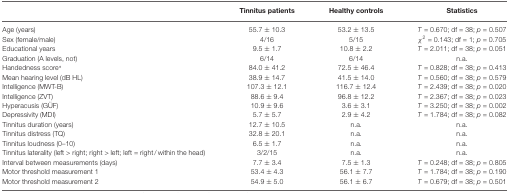
<table><thead><tr><td></td><td><b>Tinnitus patients</b></td><td><b>Healthy controls</b></td><td><b>Statistics</b></td></tr></thead><tbody><tr><td>Age (years)</td><td>55.7 ± 10.3</td><td>53.2 ± 13.5</td><td><i>T</i> = 0.670; df = 38; <i>p</i> = 0.507</td></tr><tr><td>Sex (female/male)</td><td>4/16</td><td>5/15</td><td>χ<sup>2</sup> = 0.143; df = 1; <i>p</i> = 0.705</td></tr><tr><td>Educational years</td><td>9.5 ± 1.7</td><td>10.8 ± 2.2</td><td><i>T</i> = 2.011; df = 38; <i>p</i> = 0.051</td></tr><tr><td>Graduation (A levels, not)</td><td>6/14</td><td>6/14</td><td>n.a.</td></tr><tr><td>Handedness score*</td><td>84.0 ± 41.2</td><td>72.5 ± 46.4</td><td><i>T</i> = 0.828; df = 38; <i>p</i> = 0.413</td></tr><tr><td>Mean hearing level (dB HL)</td><td>38.9 ± 14.7</td><td>41.5 ± 14.0</td><td><i>T</i> = 0.560; df = 38; <i>p</i> = 0.579</td></tr><tr><td>Intelligence (MWT-B)</td><td>107.3 ± 12.1</td><td>116.7 ± 12.4</td><td><i>T</i> = 2.439; df = 38; <i>p</i> = 0.020</td></tr><tr><td>Intelligence (ZVT)</td><td>88.6 ± 9.4</td><td>96.8 ± 12.2</td><td><i>T</i> = 2.367; df = 38; <i>p</i> = 0.023</td></tr><tr><td>Hyperacusis (G</td><td>10.9 ± 9.6</td><td>3.6 ± 3.1</td><td><i>T</i> = 3.250; df = 38; <i>p</i> = 0.002</td></tr><tr><td>Depressivity (MDI)</td><td>5.7 ± 5.7</td><td>2.9 ± 4.2</td><td><i>T</i> = 1.784; df = 38; <i>p</i> = 0.082</td></tr><tr><td>Tinnitus duration (years)</td><td>12.7 ± 10.5</td><td>n.a.</td><td>n.a.</td></tr><tr><td>Tinnitus distress (TQ)</td><td>32.8 ± 20.1</td><td>n.a.</td><td>n.a.</td></tr><tr><td>Tinnitus loudness (0–10)</td><td>6.5 ± 1.7</td><td>n.a.</td><td>n.a.</td></tr><tr><td>Tinnitus laterality (left &gt; right; right &gt; left; left = right / within the head)</td><td>3/2/15</td><td>n.a.</td><td>n.a.</td></tr><tr><td>Interval between measurements (days)</td><td>7.7 ± 3.4</td><td>7.5 ± 1.3</td><td><i>T</i> = 0.248; df = 38; <i>p</i> = 0.805</td></tr><tr><td>Motor threshold measurement 1</td><td>53.4 ± 4.3</td><td>56.1 ± 7.7</td><td><i>T</i> = 1.784; df = 38; <i>p</i> = 0.190</td></tr><tr><td>Motor threshold measurement 2</td><td>54.9 ± 5.0</td><td>56.1 ± 6.7</td><td><i>T</i> = 0.679; df = 38; <i>p</i> = 0.501</td></tr></tbody></table>